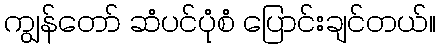
ကျွန်တော် ဆံပင်ပုံစံ ပြောင်းချင်တယ်။